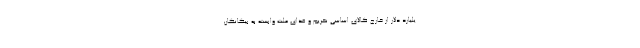
یلیارد دلار از خارج کالای اساسی نخریم و غذای ملت وابسته به بیگانگان